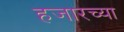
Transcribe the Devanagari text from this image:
हजारच्या